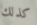
كذلك